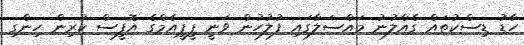
ހާޑު ޑިސްކުތައް ގެއްލުނު މައްސަލާގައި ފުލުހުން ވަނީ ޕީޕީއެމްގެ އޮފީސް ކުރިން ހިންގި